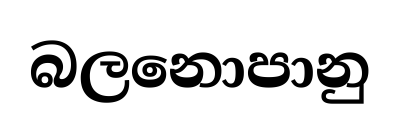
බලනොපානු